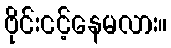
ဗိုင်းငင့်နေမလား။